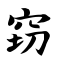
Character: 窃